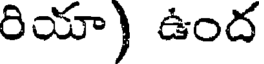
రియా) ఉంద